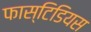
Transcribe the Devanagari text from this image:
फास्टिडियस